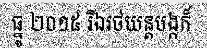
ធ្នូ ២០១៥ រីឯរថយន្តបង្កក៏